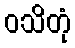
ဝသိတုံ